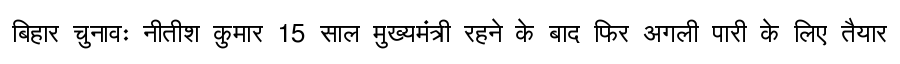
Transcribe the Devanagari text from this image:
बिहार चुनावः नीतीश कुमार 15 साल मुख्यमंत्री रहने के बाद फिर अगली पारी के लिए तैयार